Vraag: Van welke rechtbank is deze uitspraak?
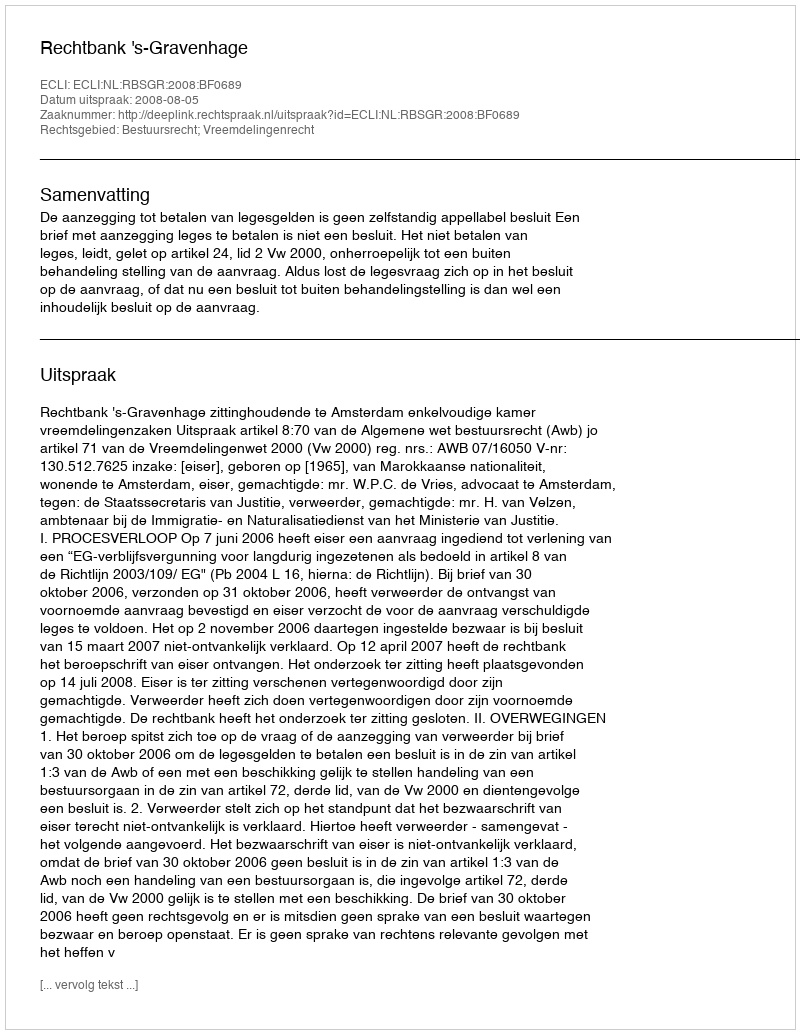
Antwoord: Rechtbank 's-Gravenhage